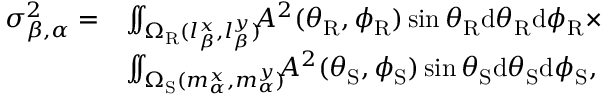
\begin{array} { r l } { \sigma _ { \beta , \alpha } ^ { 2 } = } & { \int \! \! \! \int _ { \Omega _ { \mathrm { R } } ( l _ { \beta } ^ { x } , l _ { \beta } ^ { y } ) } \! \! \! A ^ { 2 } ( \theta _ { \mathrm { R } } , \phi _ { \mathrm { R } } ) \sin \theta _ { \mathrm { R } } \mathrm { d } \theta _ { \mathrm { R } } \mathrm { d } \phi _ { \mathrm { R } } \times } \\ & { \int \! \! \! \int _ { \Omega _ { \mathrm { S } } ( m _ { \alpha } ^ { x } , m _ { \alpha } ^ { y } ) } \! \! \! A ^ { 2 } ( \theta _ { \mathrm { S } } , \phi _ { \mathrm { S } } ) \sin \theta _ { \mathrm { S } } \mathrm { d } \theta _ { \mathrm { S } } \mathrm { d } \phi _ { \mathrm { S } } , } \end{array}